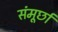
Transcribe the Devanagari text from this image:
संमूर्छा